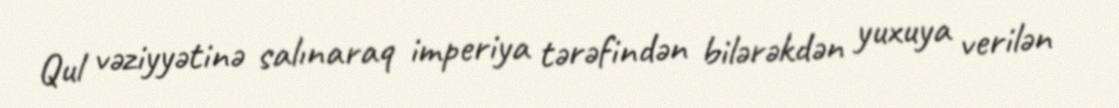
Qul vəziyyətinə salınaraq imperiya tərəfindən bilərəkdən yuxuya verilən